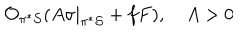
{ \cal O } _ { \pi ^ { * } { \cal S } } ( A \sigma | _ { \pi ^ { * } { \cal S } } + f F ) , \quad A > 0